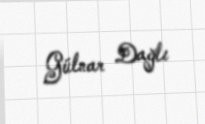
Gülnar Dağlı